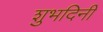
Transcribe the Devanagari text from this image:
शुभदिनीं